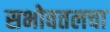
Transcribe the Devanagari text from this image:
सभोवतलचा